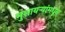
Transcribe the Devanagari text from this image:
मुशायऱ्यांमधून